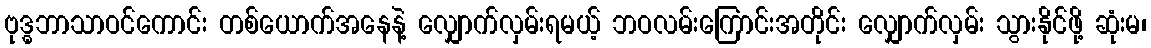
ဗုဒ္ဓဘာသာဝင်ကောင်း တစ်ယောက်အနေနဲ့ လျှောက်လှမ်းရမယ့် ဘဝလမ်းကြောင်းအတိုင်း လျှောက်လှမ်း သွားနိုင်ဖို့ ဆုံးမ၊